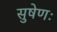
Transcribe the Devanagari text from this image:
सुषेणः